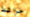
خرائط